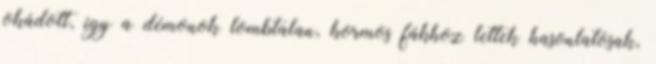
okádott, így a démonok lombtalan, kormos fákhoz lettek hasonlatosak,